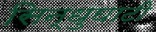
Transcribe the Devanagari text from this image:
सिन्‍धुघाटी